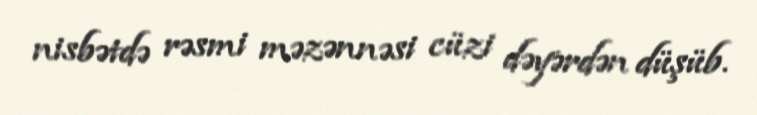
nisbətdə rəsmi məzənnəsi cüzi dəyərdən düşüb.